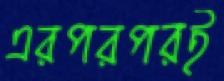
এরপরপরই